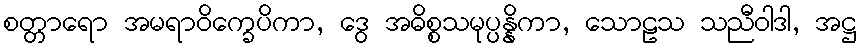
စတ္တာရော အမရာဝိက္ခေပိကာ, ဒွေ အဓိစ္စသမုပ္ပန္နိကာ, သောဠသ သညီဝါဒါ, အဋ္ဌ